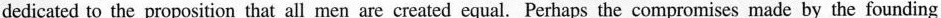
dedicated to the proposition that all men are created equal. Perhaps the compromises made by the founding